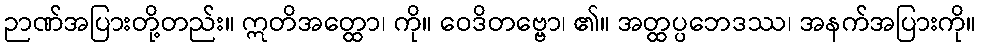
ဉာဏ်အပြားတို့တည်း။ ဣတိအတ္ထော၊ ကို။ ဝေဒိတဗ္ဗော၊ ၏။ အတ္ထပ္ပဘေဒဿ၊ အနက်အပြားကို။